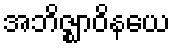
အဘိဇ္ဈာဝိနယေ